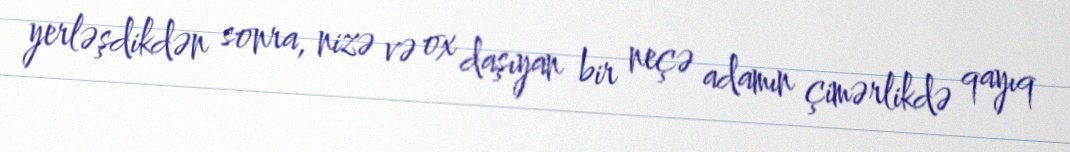
yerləşdikdən sonra, nizə və ox daşıyan bir neçə adamın çimərlikdə qayıq